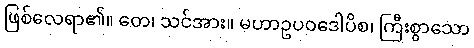
ဖြစ်လေရာ၏။ တေ၊ သင်အား။ မဟာဥပဝဒေါပိစ၊ ကြီးစွာသော